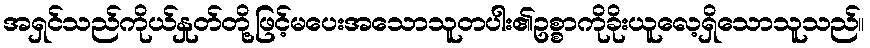
အရှင်သည်ကိုယ်နှုတ်တို့ဖြင့်မပေးအသောသူတပါး၏ဥစ္စာကိုခိုးယူလေ့ရှိသောသူသည်။